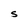
Character: S